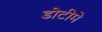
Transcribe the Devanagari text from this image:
डोटीमे